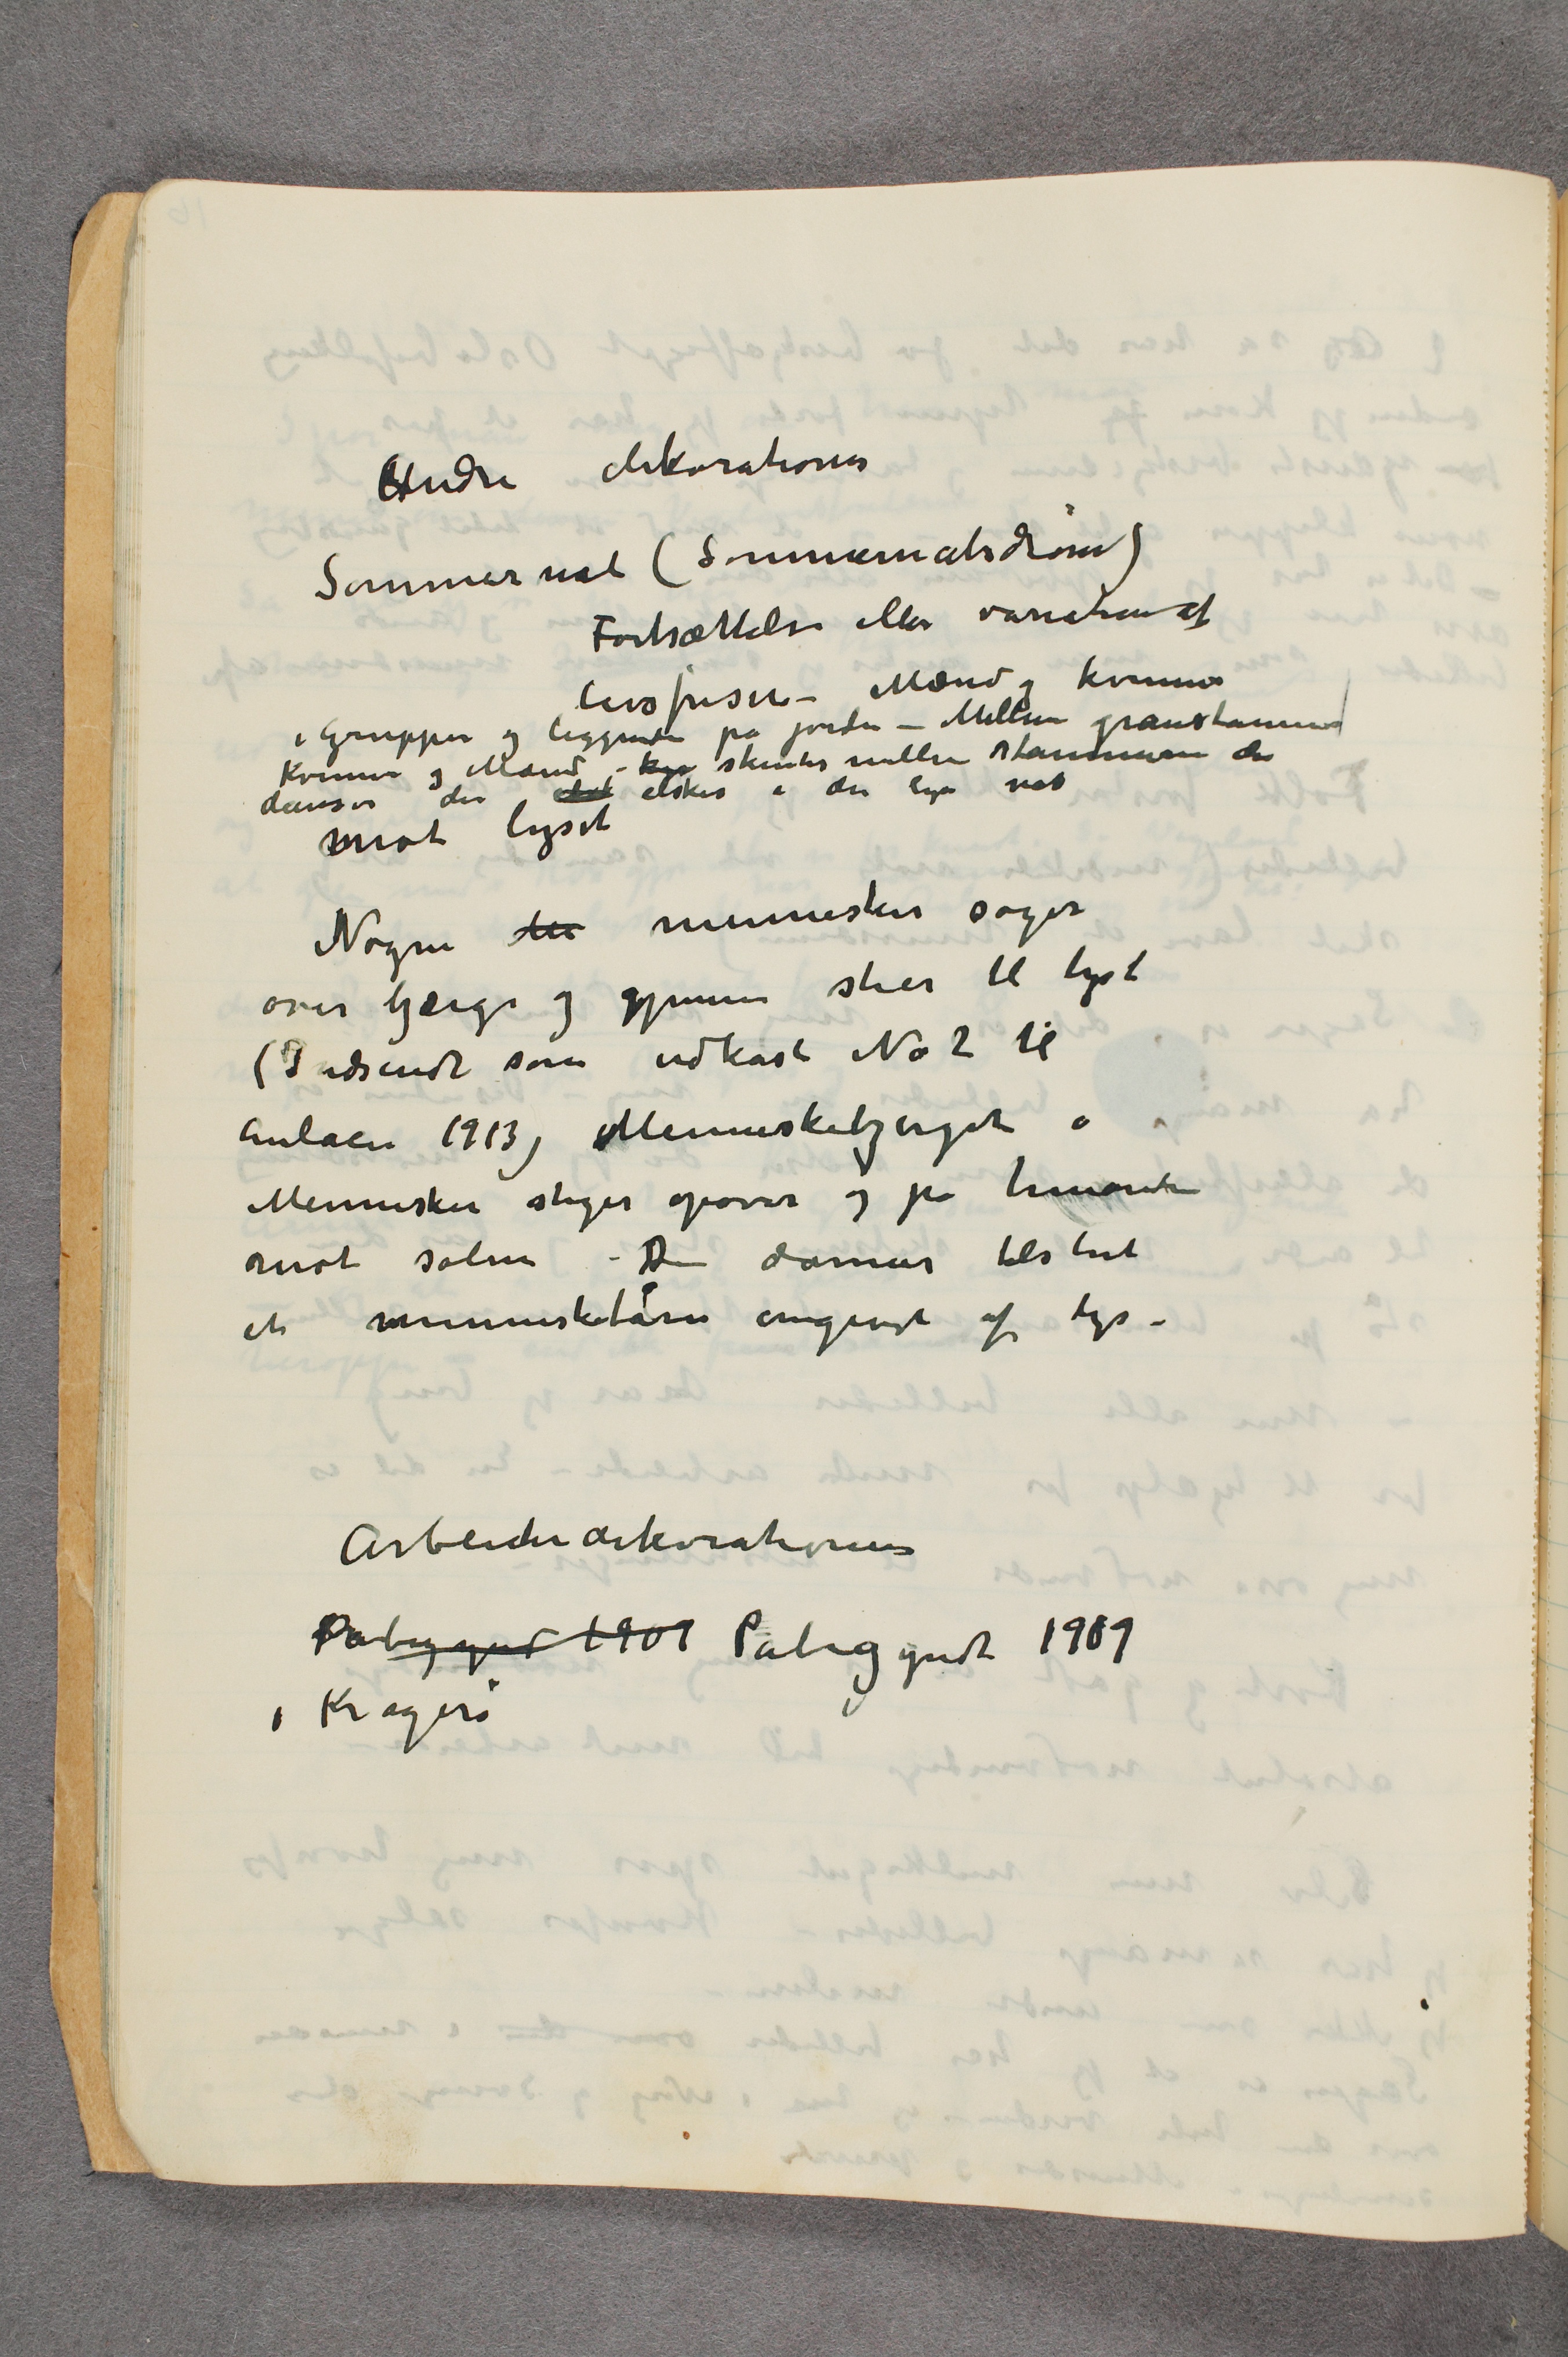
Andre dekorationer
Sommernat (Sommernatsdrøm)
Fortsættelse eller variation af
livsfrisen – Mænd og kvinner
i Grupper og liggende på jorden – Mellem granstammer
Kvinner og Mænd – kys skimtes mellem stammerne der
danser der elsk elsker i den lyse nat
Mot lyset
Nøgne  …  mennesker søger
over bjerge og gjennem stier til lyset
(Indsendt som udkast No 2 til
Aulaen 1913) Menneskebjerget  …
Mennesker stiger opover og på hinanden
mot solen – De danner tilslut
et mennesketårn omgivet af lys –
  Arbeiderdekorationerne
Påbegyndt 1909 Påbegyndt 1909
i Kragerø